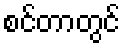
စင်တာတွင်